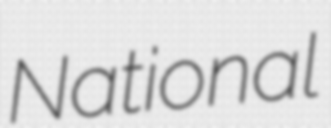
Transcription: National